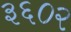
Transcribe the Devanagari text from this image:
३६०२